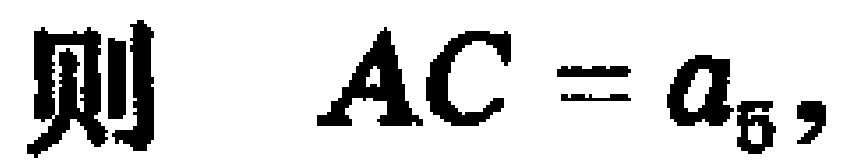
则 \(AC = a_{5},\)